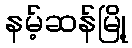
နမ့်ဆန်မြို့